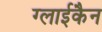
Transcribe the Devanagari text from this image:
ग्लाईकैन